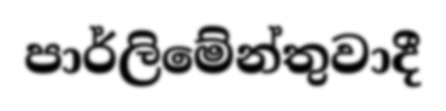
පාර්ලිමේන්තුවාදී